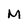
Character: M